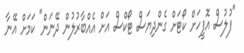
"ފުލުސް އޮފީހަށް ކޯޓަށް ގެންދިޔަސް ޓޯކްސް އަށް އެއްބާރުލުން ދޭނަން" ކަމަށް އޭނާ